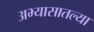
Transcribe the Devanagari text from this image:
अभ्यासातल्या